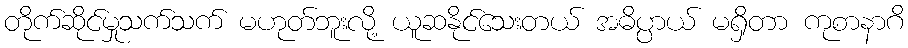
တိုက်ဆိုင်မှုသက်သက် မဟုတ်ဘူးလို့ ယူဆနိုင်သေးတယ် အဓိပ္ပာယ် မရှိတာ ကုစာနာဂိ